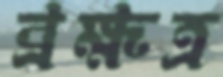
ব্রহ্মত্র